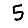
Digit: 5